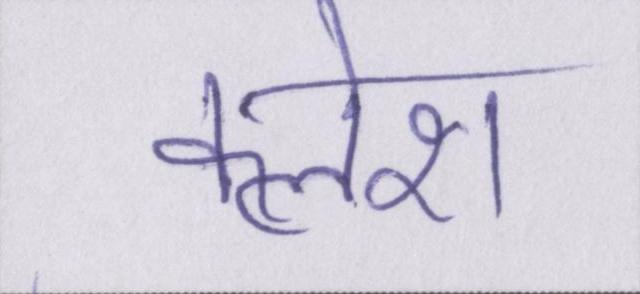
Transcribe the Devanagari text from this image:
क्लेश